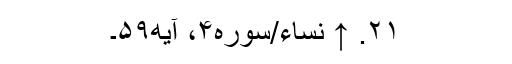
۲۱. ↑ نساء/سوره۴، آیه۵۹۔